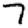
Digit: 7